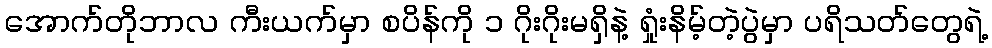
အောက်တိုဘာလ ကီးယက်မှာ စပိန်ကို ၁ ဂိုးဂိုးမရှိနဲ့ ရှုံးနိမ့်တဲ့ပွဲမှာ ပရိသတ်တွေရဲ့